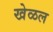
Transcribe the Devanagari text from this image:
खेळल